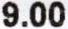
9.00